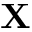
\mathbf { X }